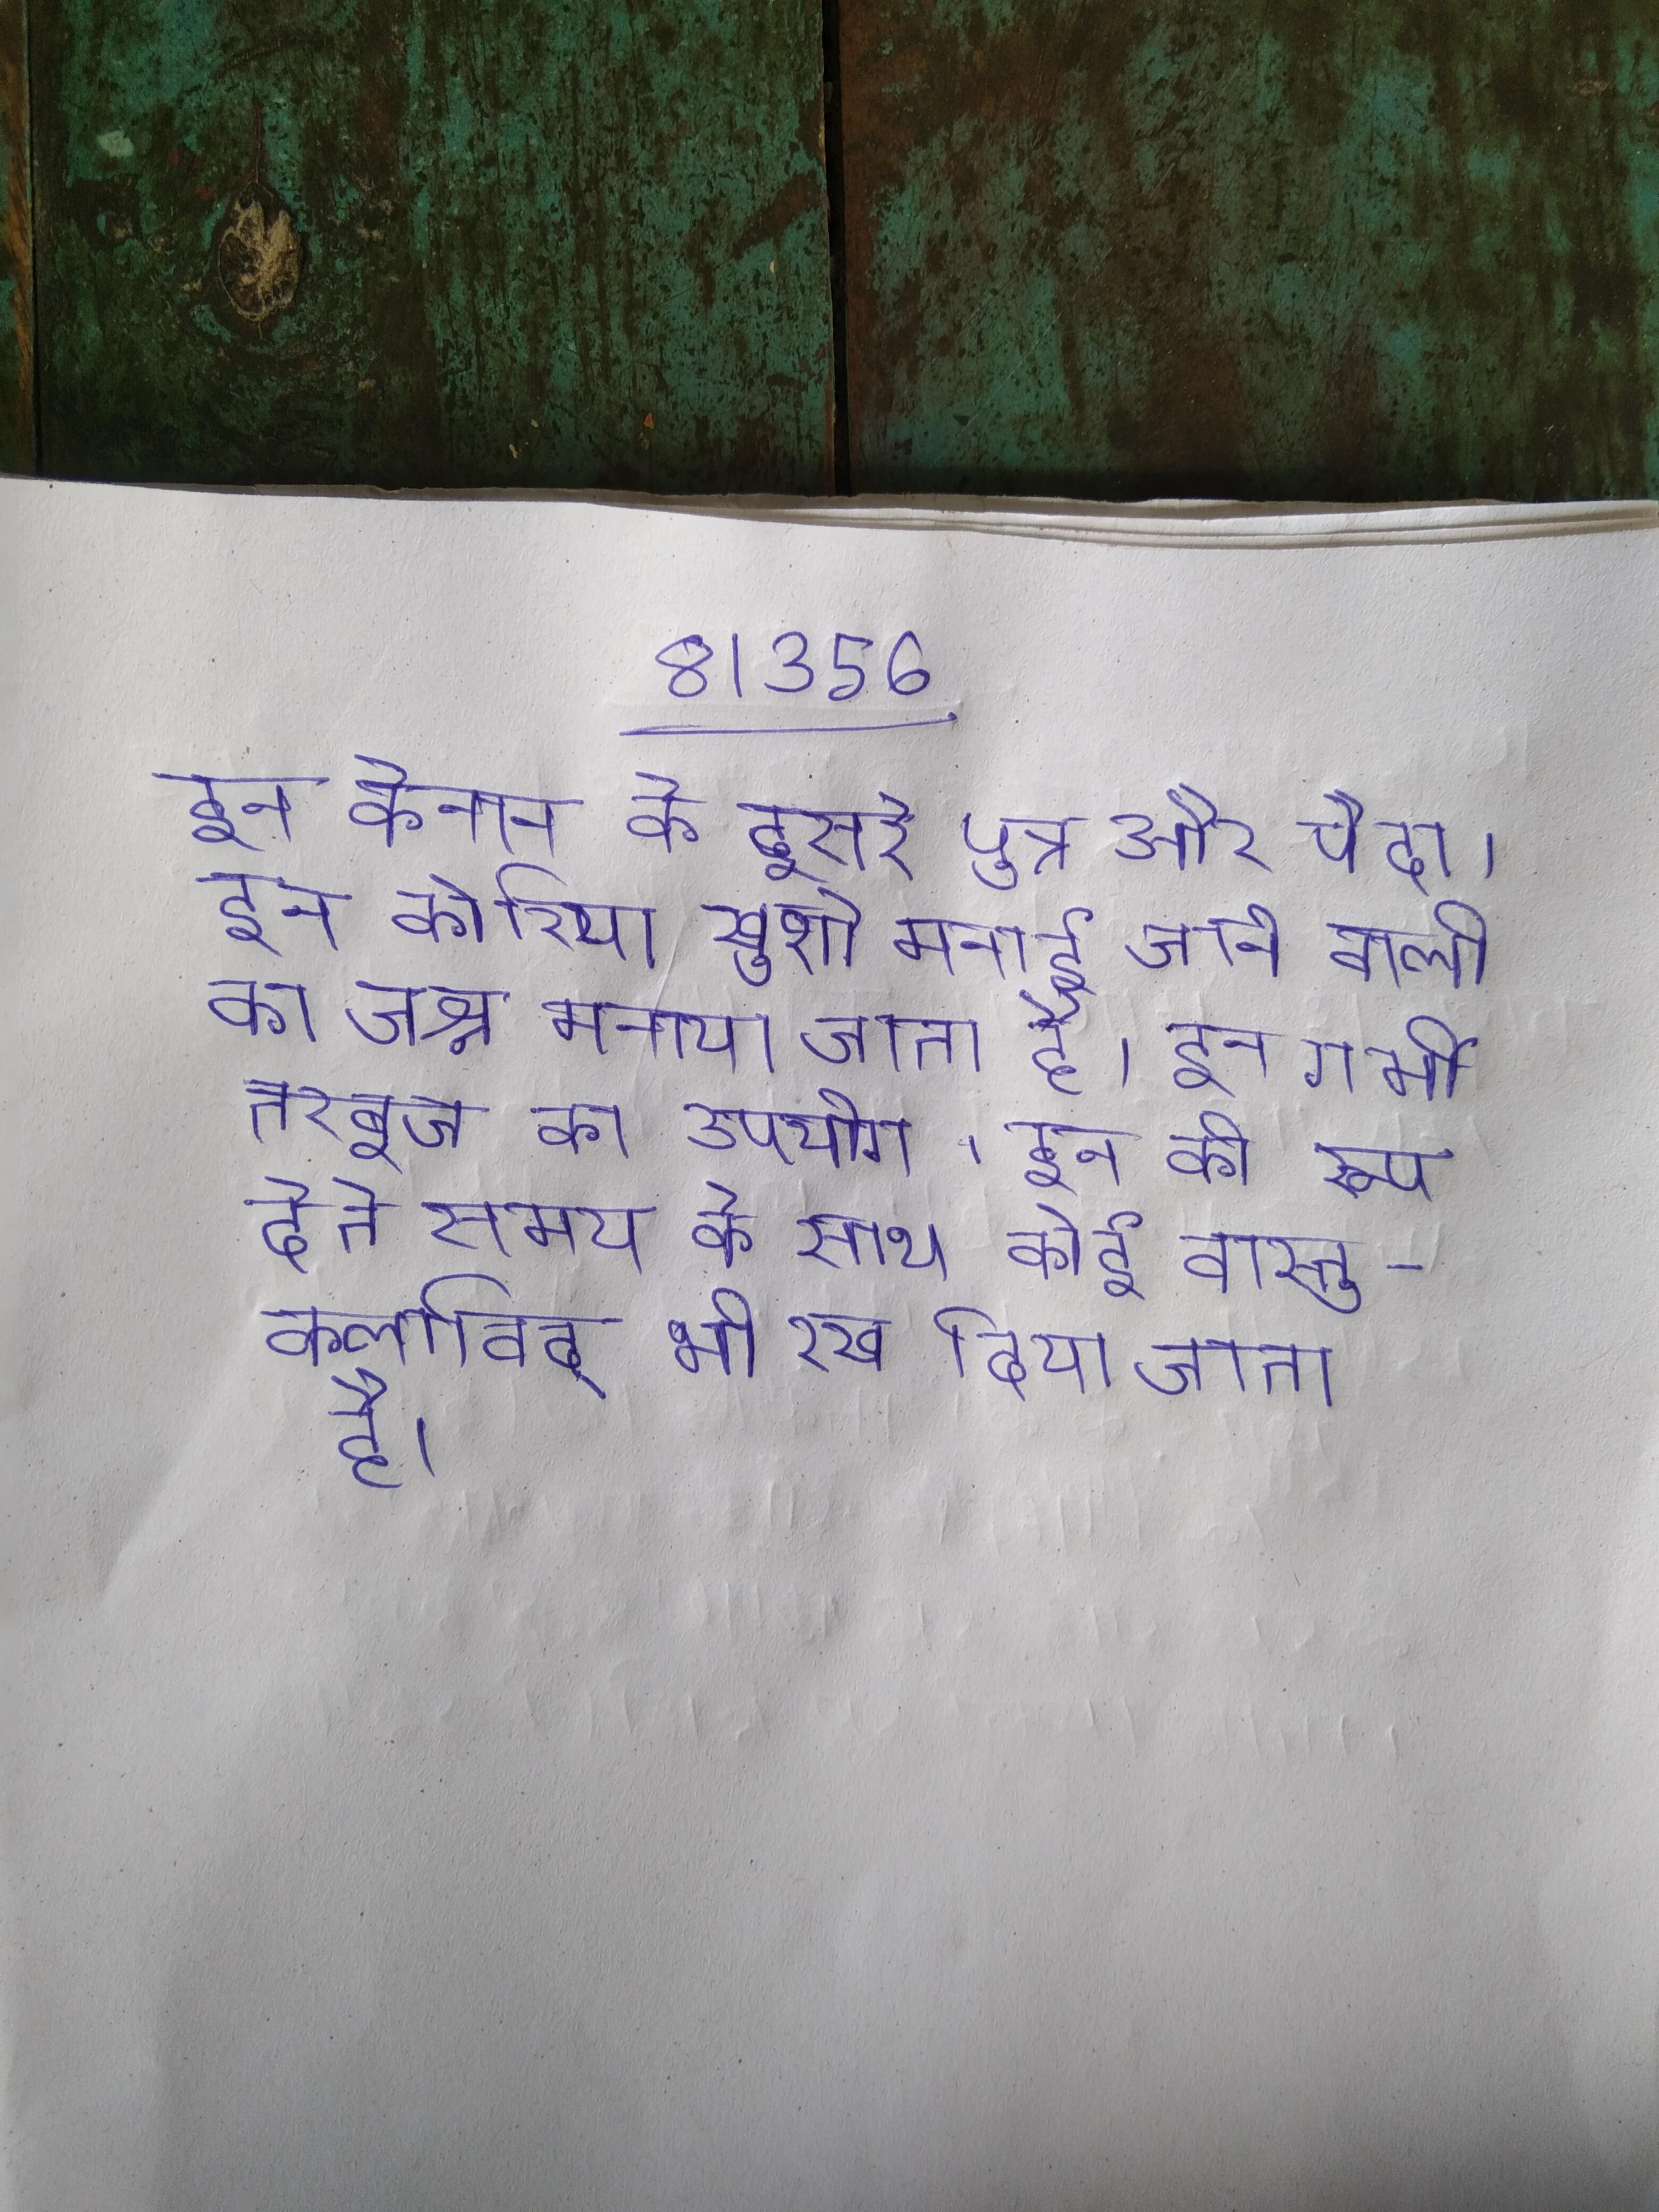
इन केनान के दूसरे पुत्र और पैदा । इन कोरिया खुशी मनाई जाने वाली का जश्न मनाया जाता है । इन गर्मी तरबूज का उपयोग । इन को रूप देते समय के साथ कोई वास्तुकलाविद् भी रख दिया जाता है ।